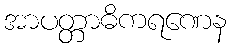
အာပတ္တာဓိကရဏေန